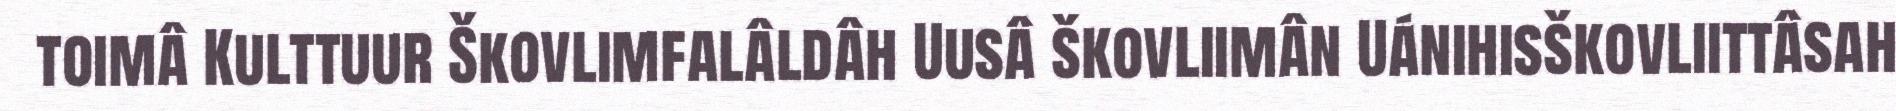
toimâ Kulttuur Škovlimfalâldâh Uusâ škovliimân Uánihisškovliittâsah